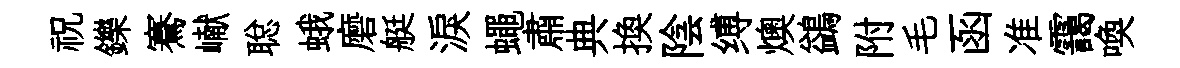
祝鑠騫𪩘聪蛾磨艇淚蠅肅典换陰缚燠鷁附毛函准靄喚